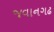
જવાનગઢ